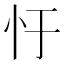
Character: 𢖳